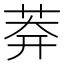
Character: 𦰃